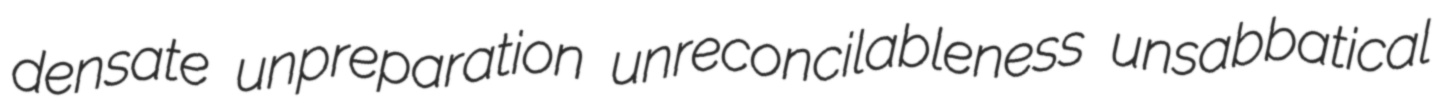
densate unpreparation unreconcilableness unsabbatical